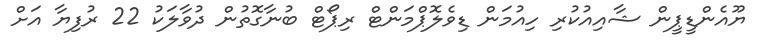
ޔޫއެންޑީޕީން ޝާއިއުކުރި ހިއުމަން ޑިވެލޮޕްމަންޓް ރިޕޯޓް ބުނާގޮތުން ދުވާލަކު 22 ރުފިޔާ އަށް